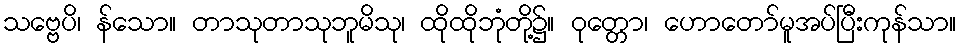
သဗ္ဗေပိ၊ န်သော။ တာသုတာသုဘူမိသု၊ ထိုထိုဘုံတို့၌။ ဝုတ္တော၊ ဟောတော်မူအပ်ပြီးကုန်သာ။